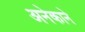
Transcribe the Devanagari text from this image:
अनेकाने